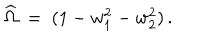
\widehat \Omega ~ = ~ ( 1 - w _ { 1 } ^ { 2 } - w _ { 2 } ^ { 2 } ) \, .